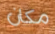
مكان